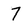
Character: 7